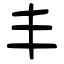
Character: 丰